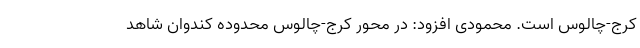
کرج-چالوس است. محمودی افزود: در محور کرج-چالوس محدوده کندوان شاهد